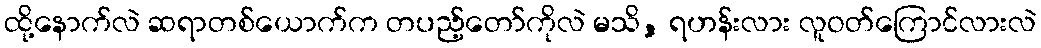
ထို့နောက်လဲ ဆရာတစ်ယောက်က တပည့်တော်ကိုလဲ မသိ, ရဟန်းလား လူဝတ်ကြောင်လားလဲ